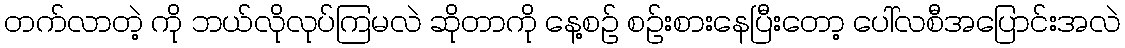
တက်လာတဲ့ ကို ဘယ်လိုလုပ်ကြမလဲ ဆိုတာကို နေ့စဉ် စဉ်းစားနေပြီးတော့ ပေါ်လစီအပြောင်းအလဲ